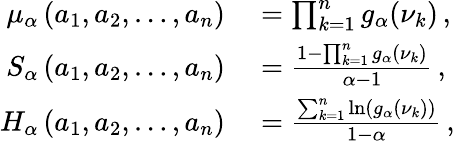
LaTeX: \begin{array}{rl}{\mu_{\alpha}\left(a_{1},a_{2},\dots,a_{n}\right)}&{{}=\prod_{k=1}^{n}g_{\alpha}(\nu_{k})\, ,}\\ {S_{\alpha}\left(a_{1},a_{2},\dots,a_{n}\right)}&{{}=\frac{1-\prod_{k=1}^{n}g_{\alpha}(\nu_{k})}{\alpha-1}\, ,}\\ {H_{\alpha}\left(a_{1},a_{2},\dots,a_{n}\right)}&{{}=\frac{\sum_{k=1}^{n}\ln\left(g_{\alpha}(\nu_{k})\right)}{1-\alpha}\, ,}\end{array}